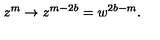
z ^ { m } \rightarrow z ^ { m - 2 b } = w ^ { 2 b - m } .